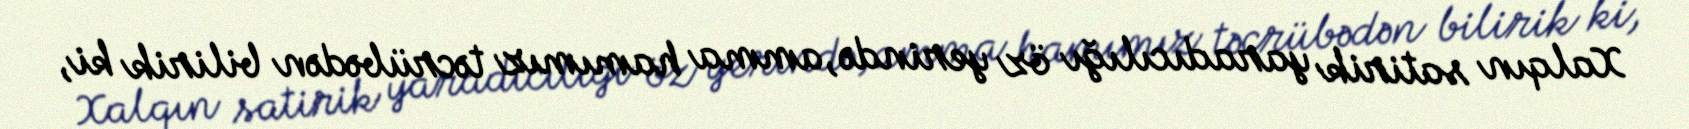
Xalqın satirik yaradıcılığı öz yerində, amma hamımız təcrübədən bilirik ki,